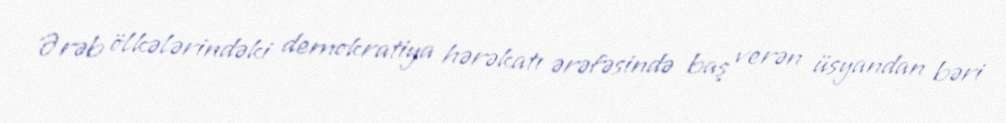
Ərəb ölkələrindəki demokratiya hərəkatı ərəfəsində baş verən üsyandan bəri